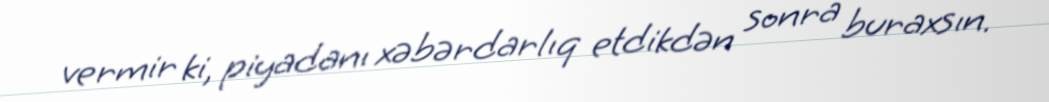
vermir ki, piyadanı xəbərdarlıq etdikdən sonra buraxsın.